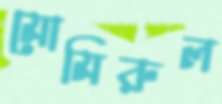
মোমিরুল